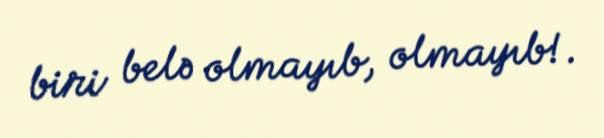
biri belə olmayıb, olmayıb!.